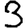
Digit: 3